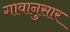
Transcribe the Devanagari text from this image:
गावानुसार